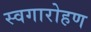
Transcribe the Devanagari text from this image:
स्वगारोहण